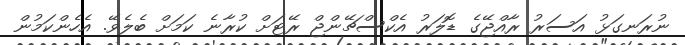
ނުރަނގަޅު އަސަރު ރާއްޖޭގެ ޑޮލަރު އެކްސްޗޭންޖް ރޭޓަށް ކުރާނެ ކަމަށް ބެލެވޭ. އެހެންކަމުން